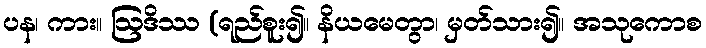
ပန၊ ကား။ ဩဒိဿ (ရည်စူး၍။ နိယမေတွာ၊ မှတ်သား၍။ အသုကောစ